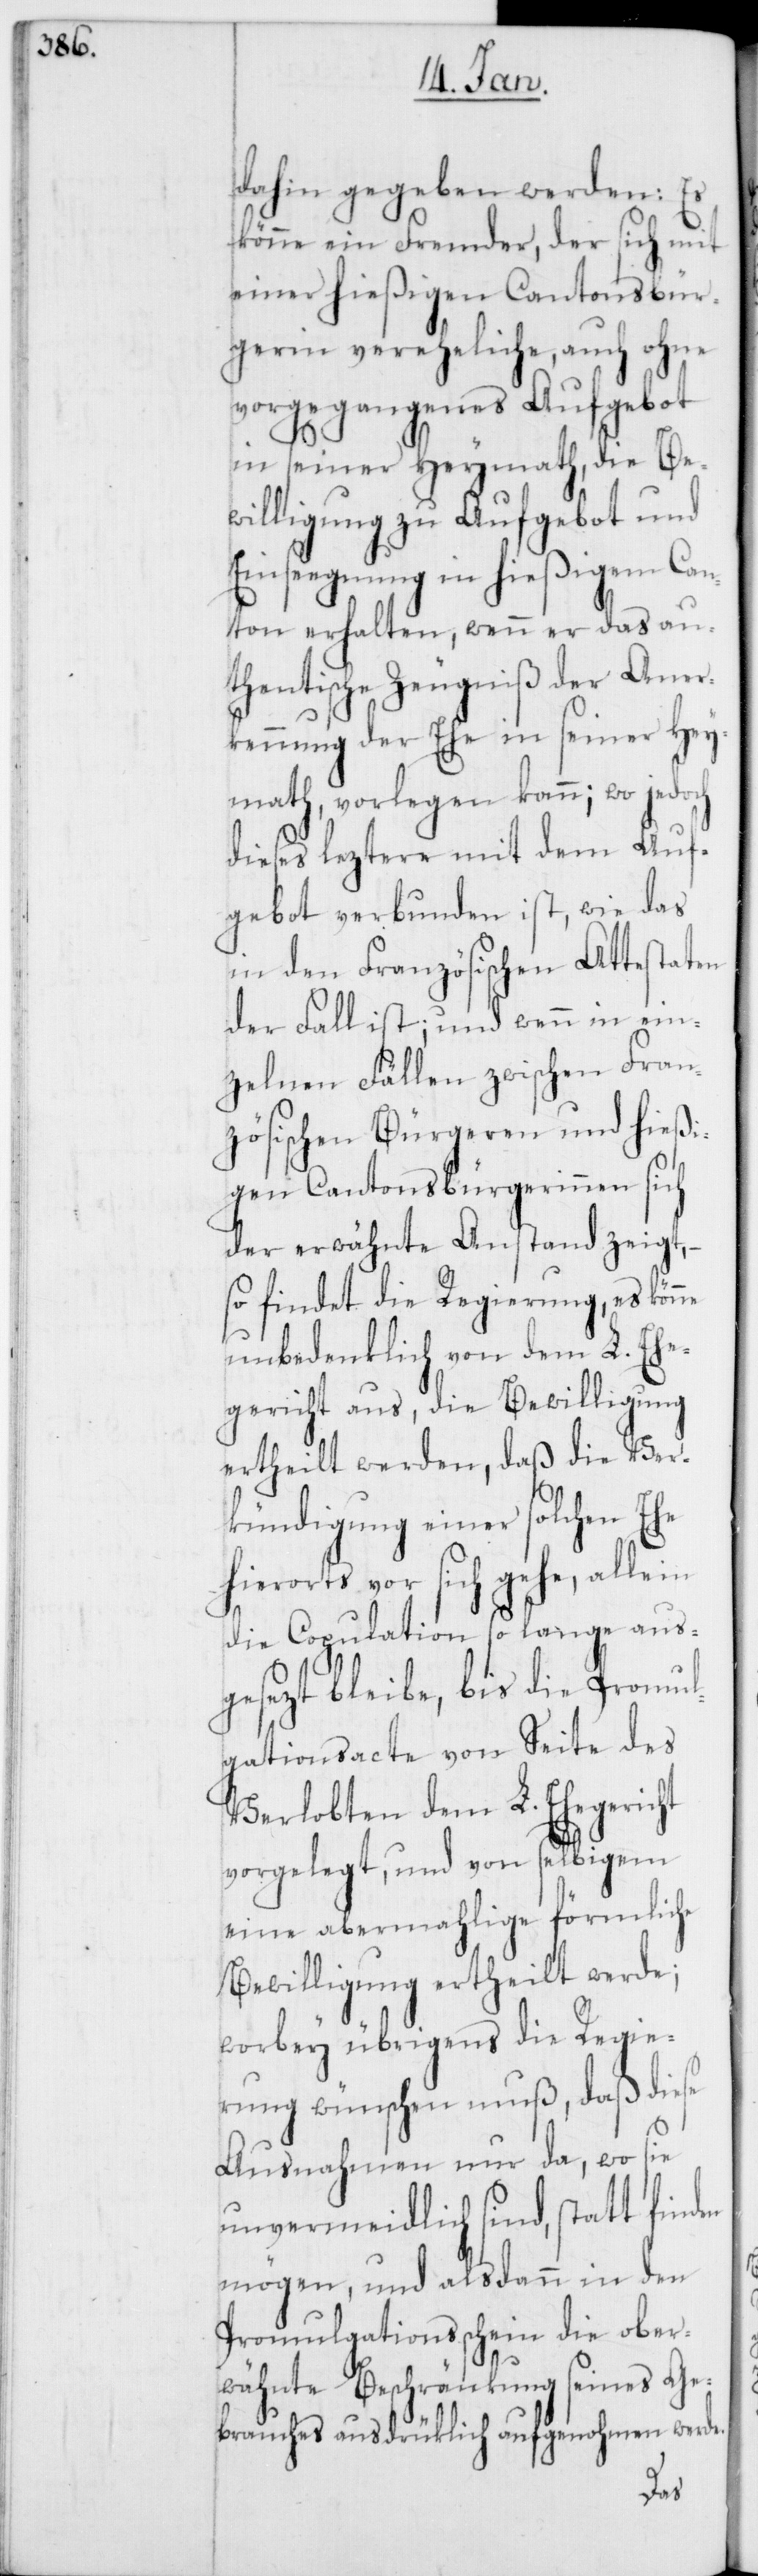
dahin gegeben werden: Es
könne ein Fremder, der sich mit
einer hießigen Cantonsbür¬
gerin vereheliche, auch ohne
vorgegangenes Aufgebot
in seiner Heymath, die Be¬
willigung zu Aufgebot und
Einseegnung in hießigem Can¬
ton erhalten, wenn er das au¬
thentische Zeugniß der Aner¬
kennung der Ehe in seiner Hey¬
math, vorlegen kann; wo jedoch
dieses leztere mit dem Auf¬
gebot verbunden ist, wie das
in den Französischen Attestaten
der Fall ist; und wenn in ein¬
zelnen Fällen zwischen Fran¬
zösischen Bürgeren und hießi¬
gen Cantonsbürgerinnen sich
der erwähnte Anstand zeigt,
so findet die Regierung, es könne
unbedenklich von dem L. Ehe¬
gericht aus, die Bewilligung
ertheilt werden, daß die Ver¬
kündigung einer solchen Ehe
hierorts vor sich gehe, alle in
die Copulation so lange aus¬
gesezt bleibe, bis die Promul¬
gationsacte von Seite des
Verlobten dem L. Ehegericht
vorgelegt, und von selbigem
eine abermahlige förmliche
Bewilligung ertheilt werde;
worbey übrigens die Regie¬
rung wünschen muß, daß diese
Ausnahmen nur da, wo sie
unvermeidlich sind, statt finden
mögen, und alsdann in den
Promulgationsschein die ober¬
wähnte Beschränkung seines Ge¬
brauches ausdrüklich aufgenohmen werde.